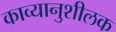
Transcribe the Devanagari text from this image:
काव्यानुशीलक